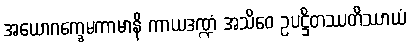
အယောဂက္ခေမကာမာနိ ကာယဒဏ္ဍံ အသိဝေ ဥပဋ္ဌိတဿတိဿာယံ